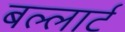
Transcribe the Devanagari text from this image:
बल्लार्ट